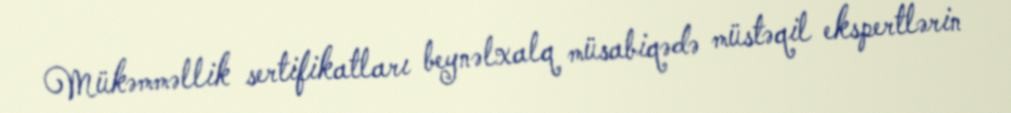
Mükəmməllik sertifikatları beynəlxalq müsabiqədə müstəqil ekspertlərin